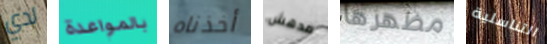
لدي بالمواعدة أخذناه مدهش مظهرها التناسلية